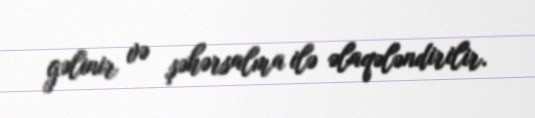
gəlinir və şəhərsalma ilə əlaqələndirilir.